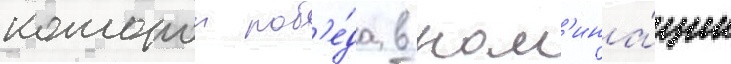
которои поб'е́да в ном'ина́ции